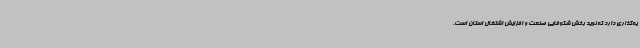
یه‌گذاری دارد که نوید بخش شکوفایی صنعت و افزایش اشتغال استان است.